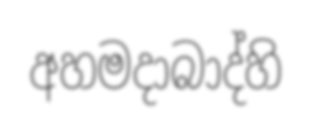
අහමදාබාද්හි